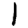
Digit: 1